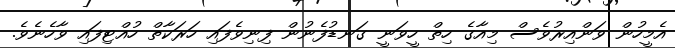
އެމީހުން ވަންއިރުވެސް މިއާގެ ހިތް ހީވަނީ ގަނޑުފެނުން ފިނިވެފައި ހަރަކާތް ހުއްޓިފައި ވާހެނެވެ.